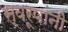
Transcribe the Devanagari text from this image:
स्वरूपांनी